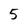
Character: 5